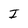
Character: I